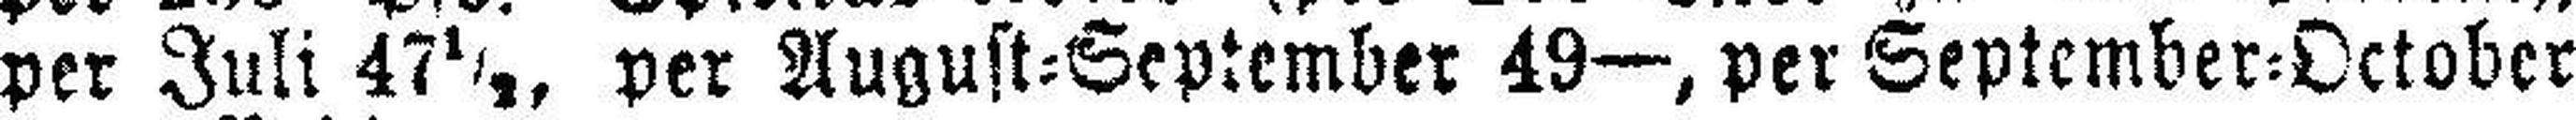
per Juli 47½, per August=September 49—, per September=October